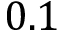
0 . 1